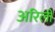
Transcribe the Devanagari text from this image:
अरिली